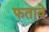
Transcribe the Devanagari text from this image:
फतावे